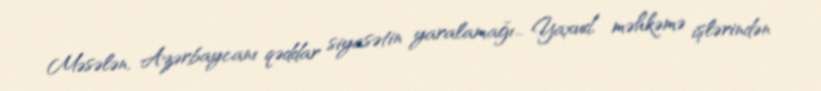
Məsələn, Azərbaycanı qəddar siyasətin yaralamağı... Yaxud, məhkəmə işlərindən